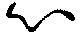
心